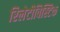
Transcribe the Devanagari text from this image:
रिलेटीविस्टिक